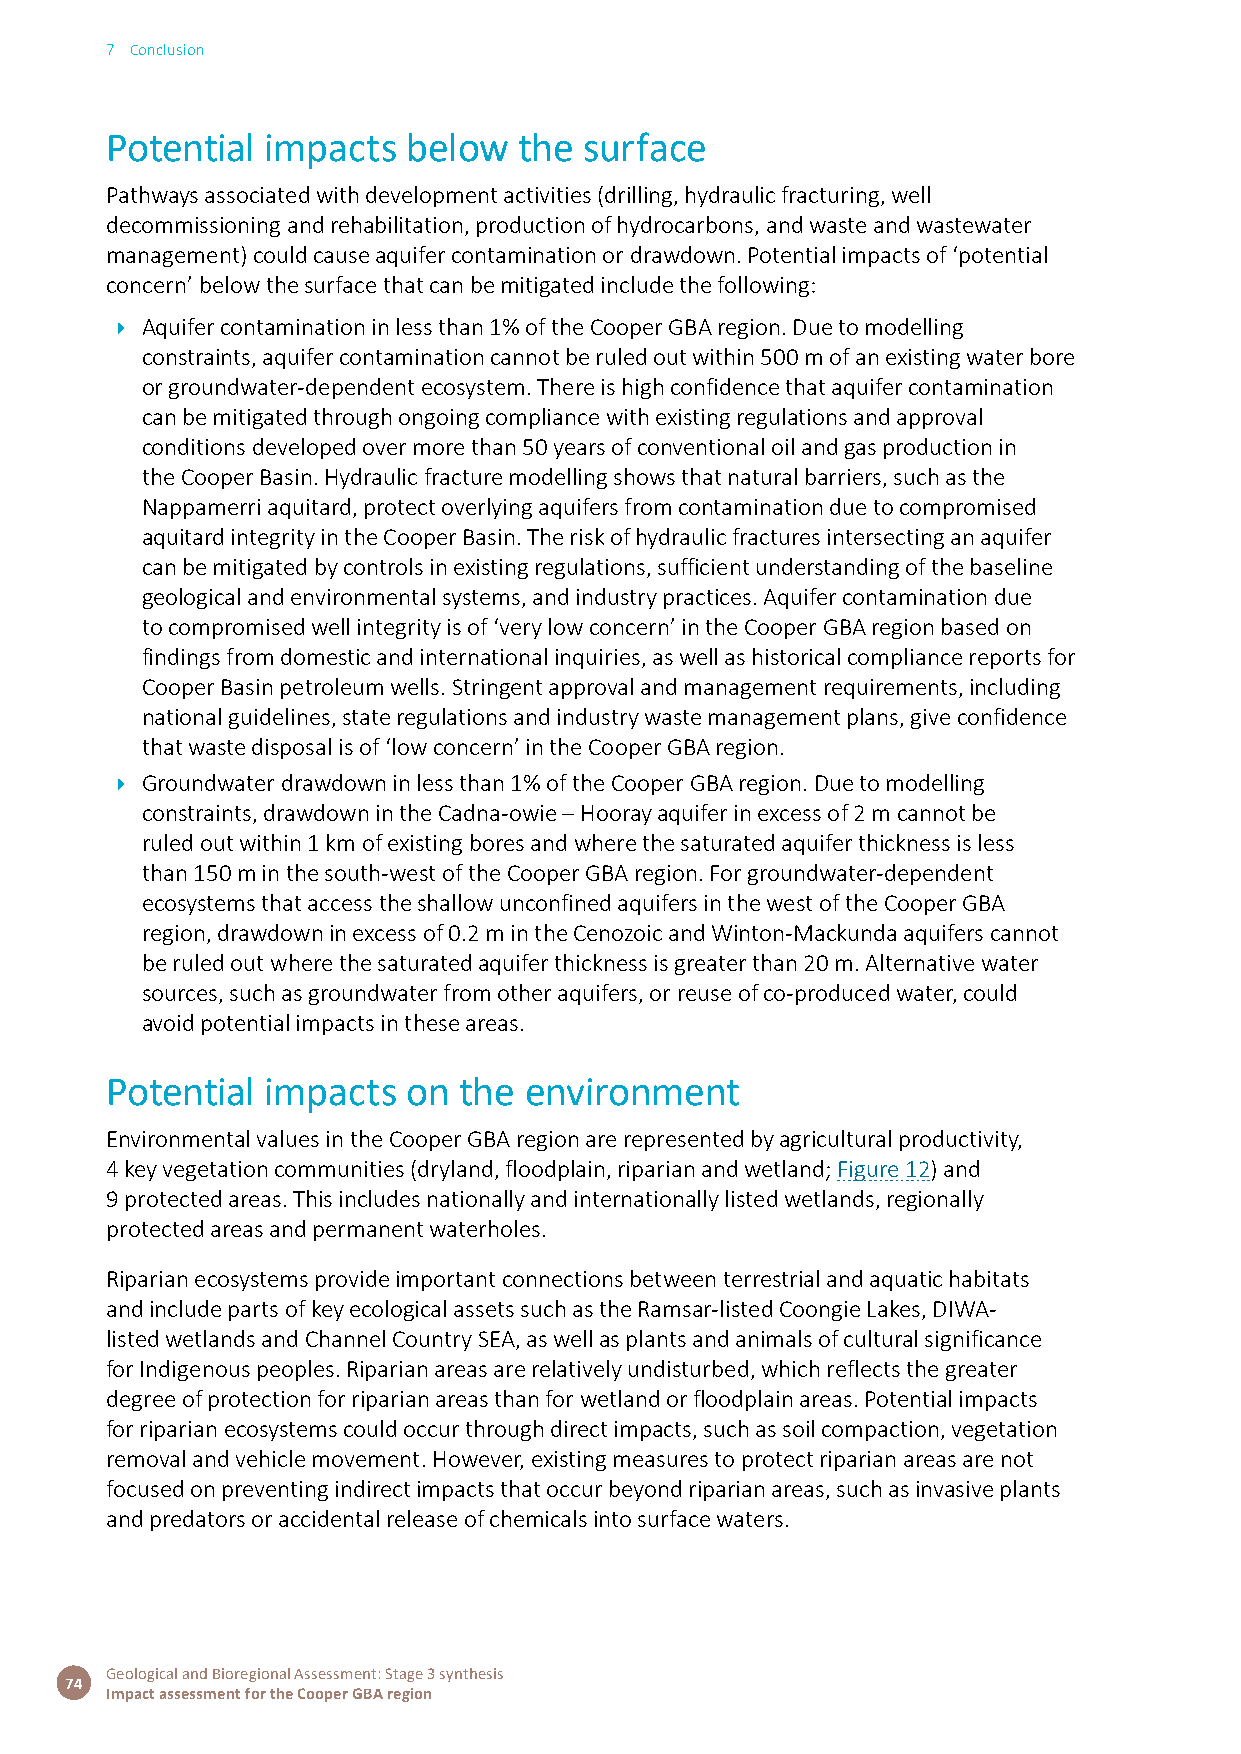
7 Conclusion
 Potential  impacts  below  the  surface
 Pathways associated with development activities (drilling, hydraulic fracturing, well
 decommissioning and rehabilitation, production of hydrocarbons, and waste and wastewater
 management) could cause aquifer contamination or drawdown. Potential impacts of ‘potential
 concern’ below the surface that can be mitigated include the following:
 Î Aquifer contamination in less than 1% of the Cooper GBA region. Due to modelling
 constraints, aquifer contamination cannot be ruled out within 500 m of an existing water bore
 or groundwater-dependent ecosystem. There is high confidence that aquifer contamination
 can be mitigated through ongoing compliance with existing regulations and approval
 conditions developed over more than 50 years of conventional oil and gas production in
 the Cooper Basin. Hydraulic fracture modelling shows that natural barriers, such as the
 Nappamerri aquitard, protect overlying aquifers from contamination due to compromised
 aquitard integrity in the Cooper Basin. The risk of hydraulic fractures intersecting an aquifer
 can be mitigated by controls in existing regulations, sufficient understanding of the baseline
 geological and environmental systems, and industry practices. Aquifer contamination due
 to compromised well integrity is of ‘very low concern’ in the Cooper GBA region based on
 findings from domestic and international inquiries, as well as historical compliance reports for
 Cooper Basin petroleum wells. Stringent approval and management requirements, including
 national guidelines, state regulations and industry waste management plans, give confidence
 that waste disposal is of ‘low concern’ in the Cooper GBA region.
 Î Groundwater drawdown in less than 1% of the Cooper GBA region. Due to modelling
 constraints, drawdown in the Cadna-owie – Hooray aquifer in excess of 2 m cannot be
 ruled out within 1 km of existing bores and where the saturated aquifer thickness is less
 than 150 m in the south-west of the Cooper GBA region. For groundwater-dependent
 ecosystems that access the shallow unconfined aquifers in the west of the Cooper GBA
 region, drawdown in excess of 0.2 m in the Cenozoic and Winton-Mackunda aquifers cannot
 be ruled out where the saturated aquifer thickness is greater than 20 m. Alternative water
 sources, such as groundwater from other aquifers, or reuse of co-produced water, could
 avoid potential impacts in these areas.
 Potential  impacts  on the  environment
 Environmental values in the Cooper GBA region are represented by agricultural productivity,
 4 key vegetation communities (dryland, floodplain, riparian and wetland; Figure 12) and
 9 protected areas. This includes nationally and internationally listed wetlands, regionally
 protected areas and permanent waterholes.
 Riparian ecosystems provide important connections between terrestrial and aquatic habitats
 and include parts of key ecological assets such as the Ramsar-listed Coongie Lakes, DIWA-
 listed wetlands and Channel Country SEA, as well as plants and animals of cultural significance
 for Indigenous peoples. Riparian areas are relatively undisturbed, which reflects the greater
 degree of protection for riparian areas than for wetland or floodplain areas. Potential impacts
 for riparian ecosystems could occur through direct impacts, such as soil compaction, vegetation
 removal and vehicle movement. However, existing measures to protect riparian areas are not
 focused on preventing indirect impacts that occur beyond riparian areas, such as invasive plants
 and predators or accidental release of chemicals into surface waters.
 Geological and Bioregional Assessment: Stage 3 synthesis
 74
 Impact assessment for the Cooper GBA region